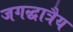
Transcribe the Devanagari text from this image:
जगद्धात्रैय